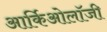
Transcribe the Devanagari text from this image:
आर्किओलॉजी